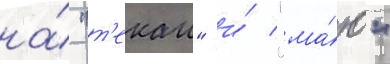
на́ "т'екаи" и́ "ма́ю"